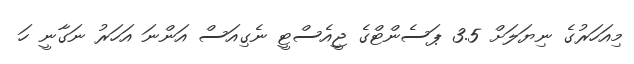
މިއަހަރުގެ ނިޔަލަށް 3.5 ޕަސެންޓްގެ ޖީއެސްޓީ ނެގިއަސް އަންނަ އަހަރު ނަގާނީ ހަ